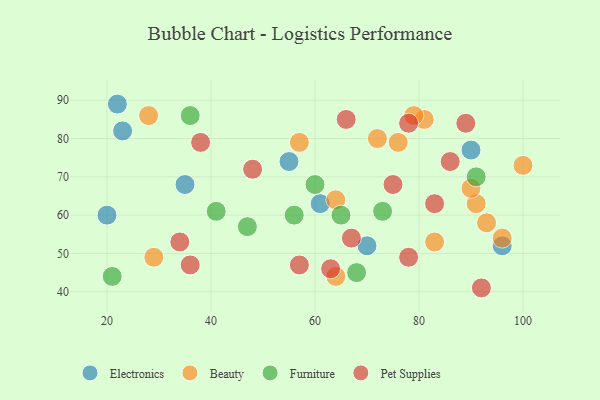
{"axis": {"x": "GDP", "y": "Life Expectancy"}, "legend": ["Beauty", "Electronics", "Furniture", "Pet Supplies"], "data": [{"x": "61", "y": 63, "type": "Electronics"}, {"x": "20", "y": 60, "type": "Electronics"}, {"x": "55", "y": 74, "type": "Electronics"}, {"x": "22", "y": 89, "type": "Electronics"}, {"x": "90", "y": 77, "type": "Electronics"}, {"x": "70", "y": 52, "type": "Electronics"}, {"x": "96", "y": 52, "type": "Electronics"}, {"x": "23", "y": 82, "type": "Electronics"}, {"x": "35", "y": 68, "type": "Electronics"}, {"x": "83", "y": 53, "type": "Beauty"}, {"x": "64", "y": 64, "type": "Beauty"}, {"x": "81", "y": 85, "type": "Beauty"}, {"x": "96", "y": 54, "type": "Beauty"}, {"x": "57", "y": 79, "type": "Beauty"}, {"x": "79", "y": 86, "type": "Beauty"}, {"x": "28", "y": 86, "type": "Beauty"}, {"x": "91", "y": 63, "type": "Beauty"}, {"x": "72", "y": 80, "type": "Beauty"}, {"x": "29", "y": 49, "type": "Beauty"}, {"x": "76", "y": 79, "type": "Beauty"}, {"x": "93", "y": 58, "type": "Beauty"}, {"x": "90", "y": 67, "type": "Beauty"}, {"x": "100", "y": 73, "type": "Beauty"}, {"x": "64", "y": 44, "type": "Beauty"}, {"x": "60", "y": 68, "type": "Furniture"}, {"x": "65", "y": 60, "type": "Furniture"}, {"x": "56", "y": 60, "type": "Furniture"}, {"x": "21", "y": 44, "type": "Furniture"}, {"x": "47", "y": 57, "type": "Furniture"}, {"x": "68", "y": 45, "type": "Furniture"}, {"x": "73", "y": 61, "type": "Furniture"}, {"x": "36", "y": 86, "type": "Furniture"}, {"x": "91", "y": 70, "type": "Furniture"}, {"x": "41", "y": 61, "type": "Furniture"}, {"x": "38", "y": 79, "type": "Pet Supplies"}, {"x": "75", "y": 68, "type": "Pet Supplies"}, {"x": "83", "y": 63, "type": "Pet Supplies"}, {"x": "48", "y": 72, "type": "Pet Supplies"}, {"x": "89", "y": 84, "type": "Pet Supplies"}, {"x": "67", "y": 54, "type": "Pet Supplies"}, {"x": "78", "y": 49, "type": "Pet Supplies"}, {"x": "78", "y": 84, "type": "Pet Supplies"}, {"x": "34", "y": 53, "type": "Pet Supplies"}, {"x": "36", "y": 47, "type": "Pet Supplies"}, {"x": "66", "y": 85, "type": "Pet Supplies"}, {"x": "63", "y": 46, "type": "Pet Supplies"}, {"x": "57", "y": 47, "type": "Pet Supplies"}, {"x": "86", "y": 74, "type": "Pet Supplies"}, {"x": "92", "y": 41, "type": "Pet Supplies"}]}